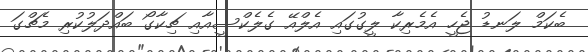
ބެކަމް ލަނޑު ޖެހީ އެމެރިކާ ލީގުގައި އެލްއޭ ގެލެކްސީއާއި ޗިކާގޯ ބައްދަލުކުރި މެޗްގަ